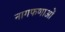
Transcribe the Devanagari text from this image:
नागफणाओं